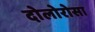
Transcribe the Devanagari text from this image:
दोलोरोसा